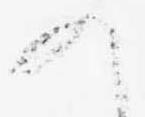
の